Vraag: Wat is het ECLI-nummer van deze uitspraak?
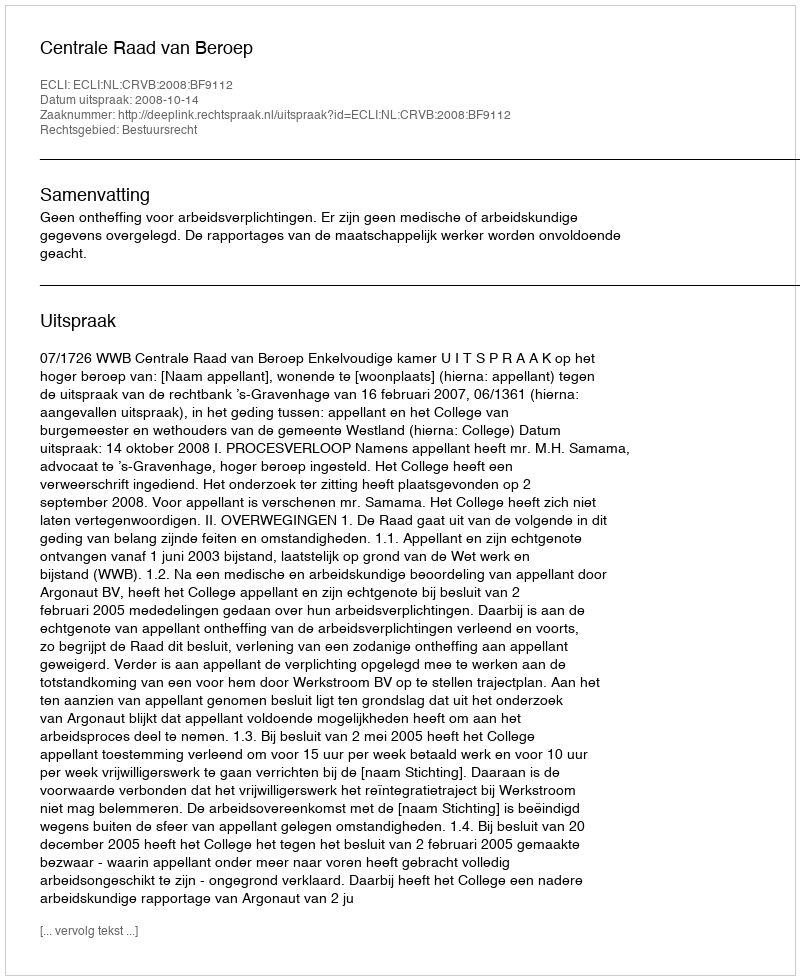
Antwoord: ECLI:NL:CRVB:2008:BF9112